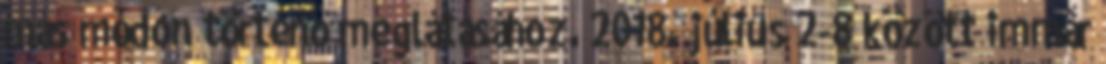
más módon történő meglátásához. 2018. július 2-8 között immár